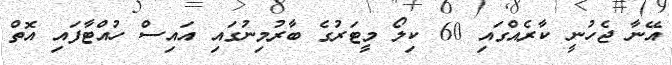
އޭނާ ޖެހުނީ ކާރެއްގައި 60 ކިލޯ މީޓަރުގެ ބާރުމިނުގައި އައިސް ހުއްޓާފައި އޮތް